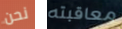
نحن معاقبته